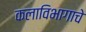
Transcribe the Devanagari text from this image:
कलाविभागाचे